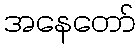
အနေတော်